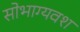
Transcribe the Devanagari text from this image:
सोभाग्यवश